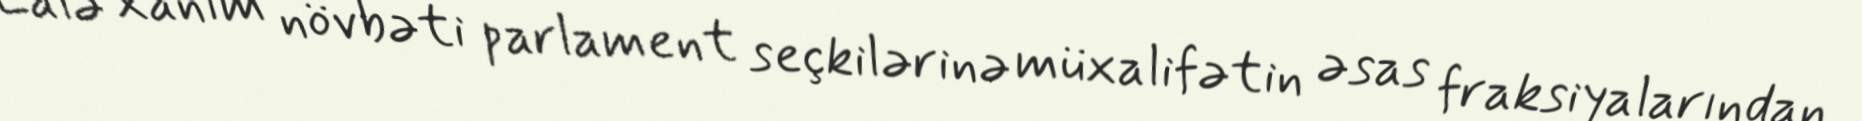
Lalə xanım növbəti parlament seçkilərinə müxalifətin əsas fraksiyalarından